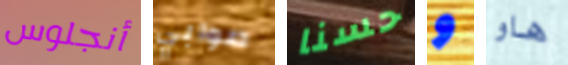
أنجلوس صوابي حسنا و هاو